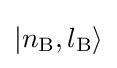
|n_{\mathrm {B} },l_{\mathrm {B} }\rangle